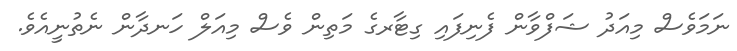
ނަމަވެސް މިއަދު ޝަފްވާން ފެނިފައި ގިޓާރގެ މަތިން ވެސް މިއަލް ހަނދާން ނެތުނީއެވެ.